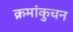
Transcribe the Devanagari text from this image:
क्रमांकुचन